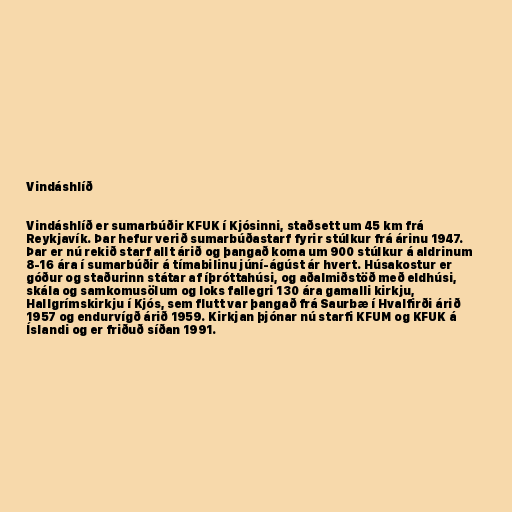
Vindáshlíð

Vindáshlíð er sumarbúðir KFUK í Kjósinni, staðsett um 45 km frá
Reykjavík. Þar hefur verið sumarbúðastarf fyrir stúlkur frá árinu 1947.
Þar er nú rekið starf allt árið og þangað koma um 900 stúlkur á aldrinum
8-16 ára í sumarbúðir á tímabilinu júní-ágúst ár hvert. Húsakostur er
góður og staðurinn státar af íþróttahúsi, og aðalmiðstöð með eldhúsi,
skála og samkomusölum og loks fallegri 130 ára gamalli kirkju,
Hallgrímskirkju í Kjós, sem flutt var þangað frá Saurbæ í Hvalfirði árið
1957 og endurvígð árið 1959. Kirkjan þjónar nú starfi KFUM og KFUK á
Íslandi og er friðuð síðan 1991.